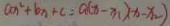
a x ^ { 2 } + b x + c = a ( x - x _ { 1 } ) ( x - x _ { 2 } )